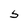
Character: S